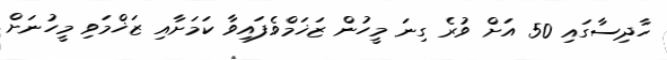
ހާދިސާގައި 50 އަށް ވުރެ ގިނަ މީހުން ޒަޚަމްވެފައިވާ ކަމަށާއި ޒަޚްމަވި މީހުނަށް